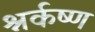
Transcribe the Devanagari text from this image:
श्नर्कष्ण